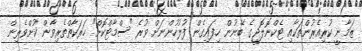
ޒަމާނީ ކުރިއެރުންތަކާއި ޓެކްނޮލޮޖީގެ ބޭނުން ހިފައިގެން ފުލުހުންނަށް ވުރެ "ސްމާޓްކޮށް" ހަރަކާތްތެރިވާން ކުށްވެރިން